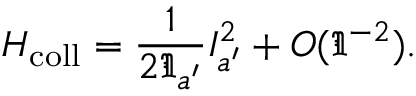
H _ { \mathrm { c o l l } } = \frac { 1 } { 2 \Im _ { a ^ { \prime } } } I _ { a ^ { \prime } } ^ { 2 } + { \cal O } ( \Im ^ { - 2 } ) .